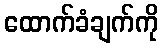
ထောက်ခံချက်ကို